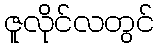
ဇူလိုင်လတွင်